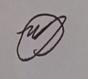
Signature authenticity: genuine